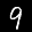
Label: 9